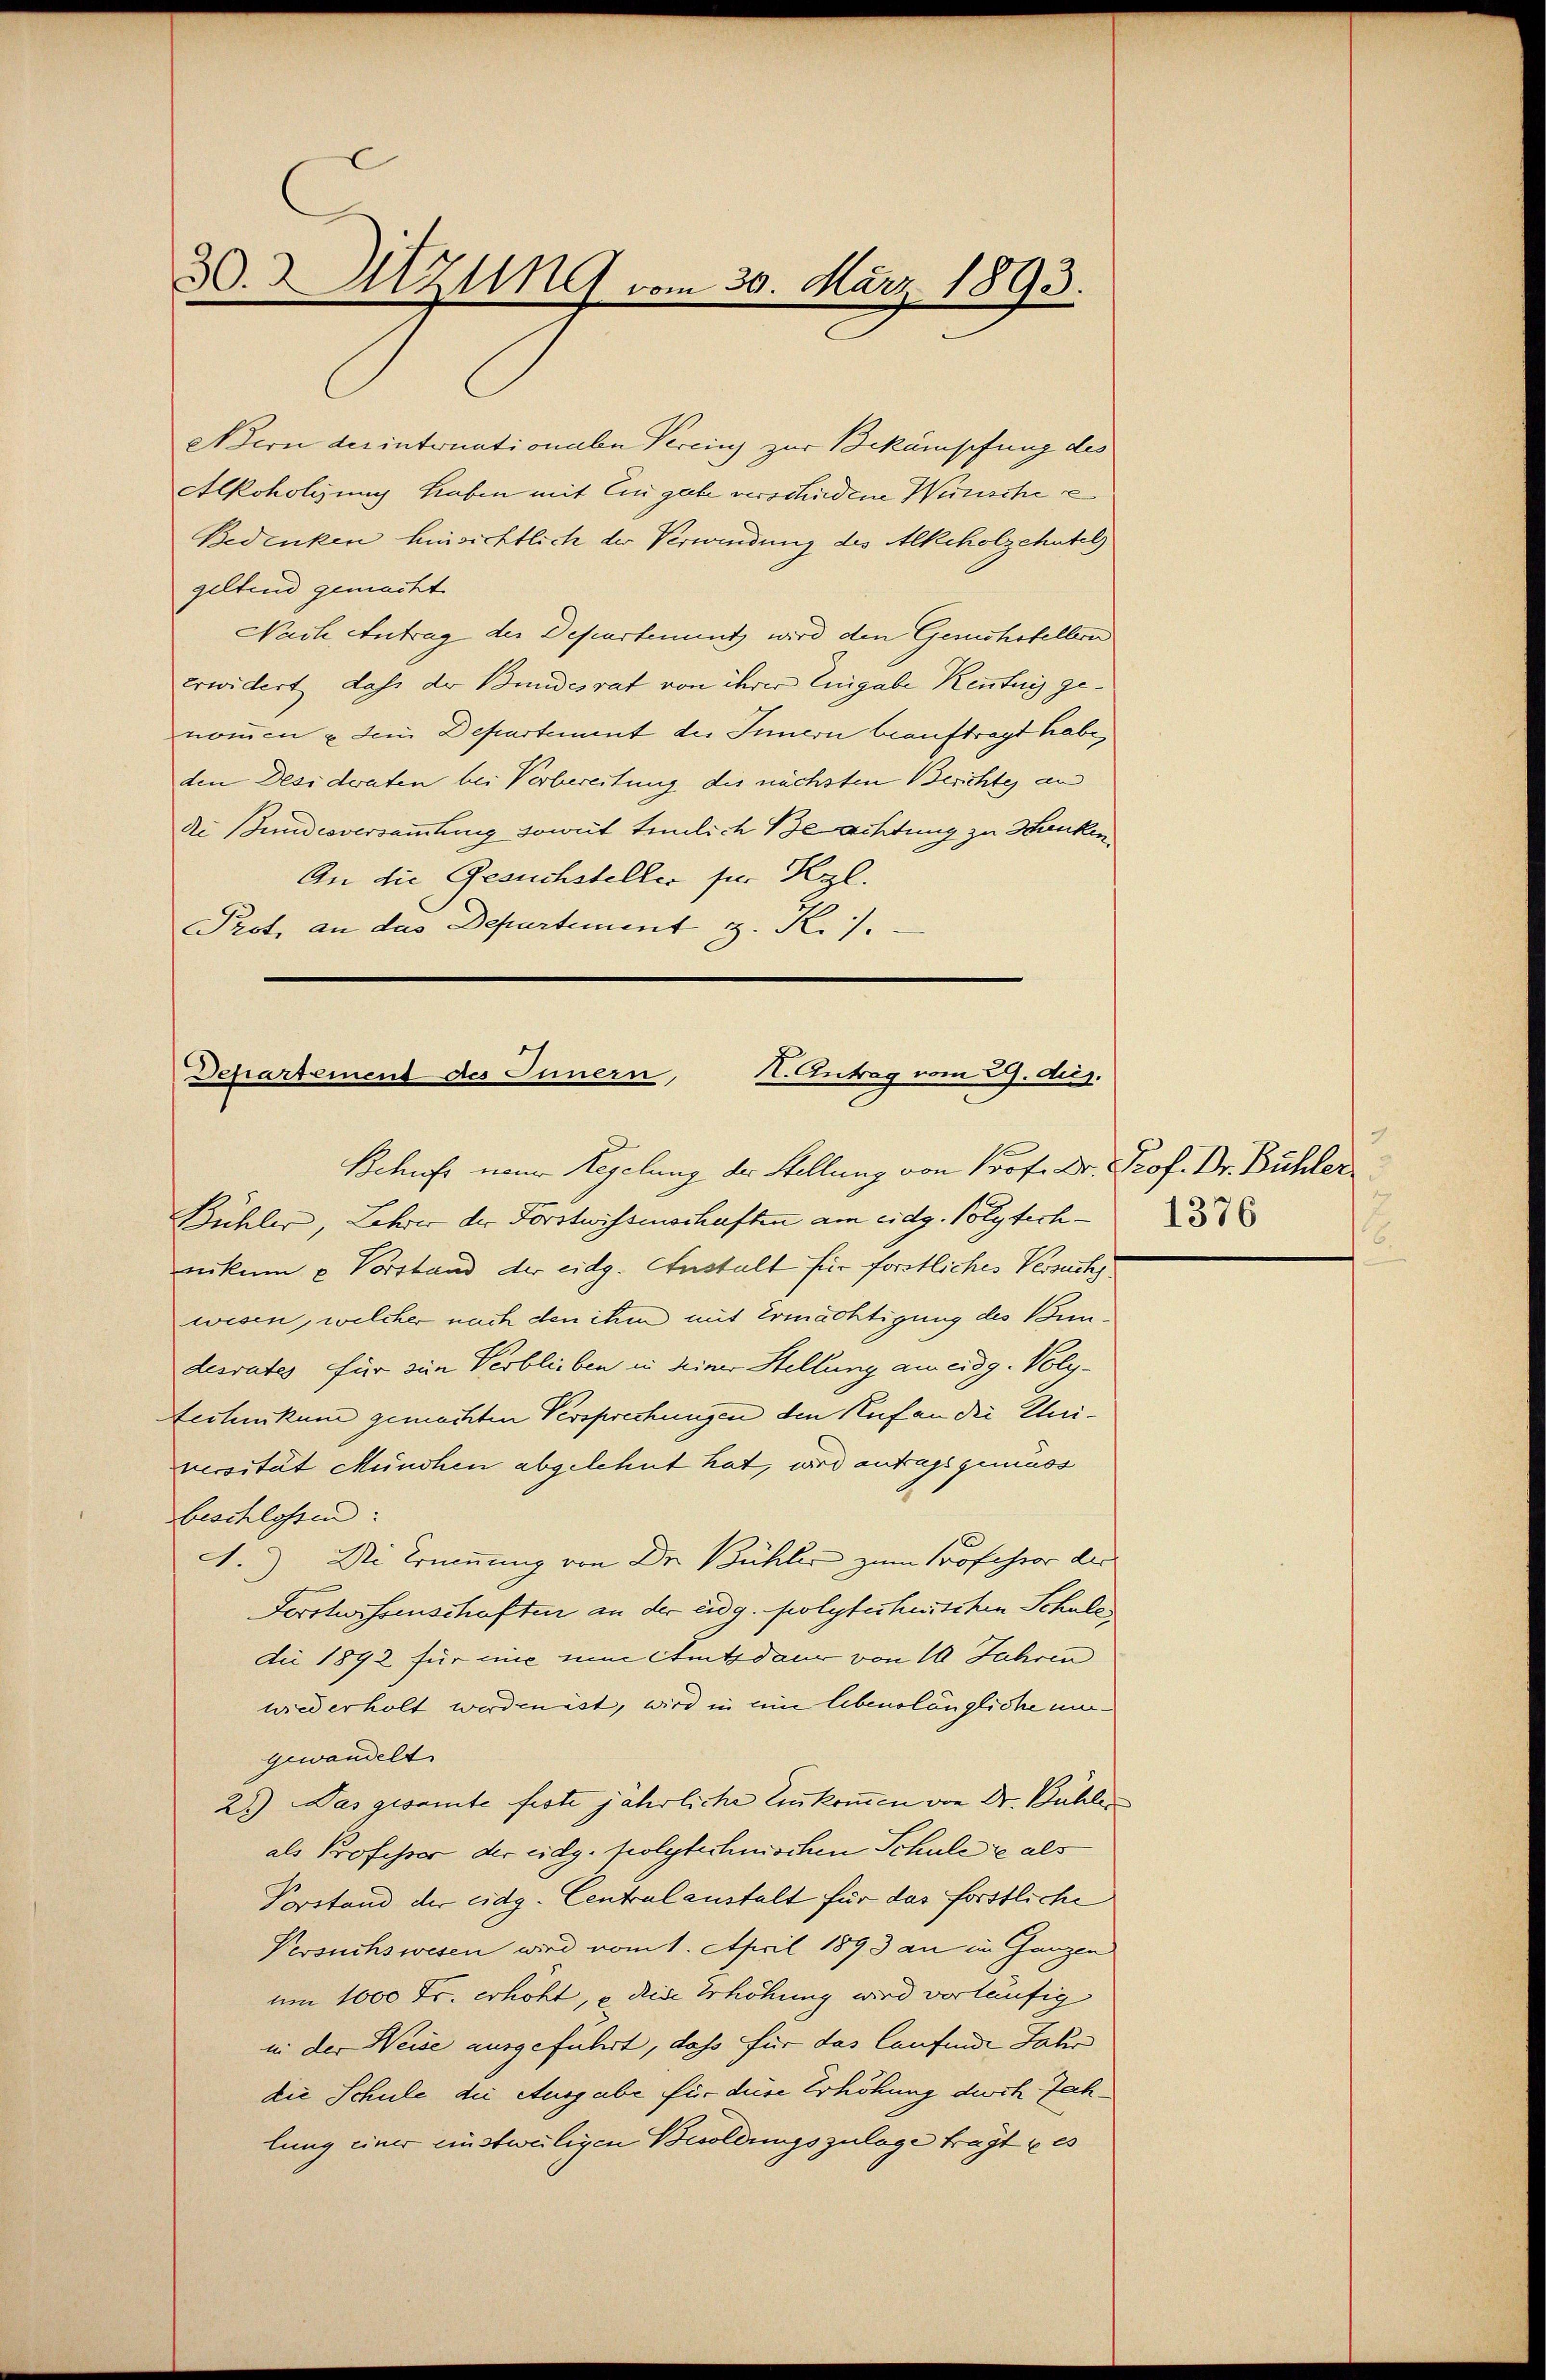
3.Sitzung vom 30. März 1893.

Adern der internationalen Vereins zur Bekämpfung des
Alkoholisung haben mit Eingabe verschiedene Wünsche e
Bedenken hinsichtlich der Verwindung des Alkoholzehntel
geltend gemacht
Nach Antrag der Departenuntz wird den Gesuchstellern
erwidert, dass der Bundesrat von ihrer Eingabe Kenntnis genommen u dem Departement des Innern beauftragt habe,
den Desideraten bei Verbereitung des nächsten Berichtes an
de Bundesversammlung soweit tenlich Beachtung zu Hanken.
An die Gesuchsteller für Kgl.
Prot. an das Departement z. R./.

Departement des Innern, I. Antrag vom 3. Aug.
Behufs neuer Regelung der Stellung von Prof. Dr. Prof. Dr. Bühler

Bühler, Lehrer der Forstwissenschaften am eidg. Polytechnikum u Vorstand der eidg. Anstalt für forstliches Versuch
wisen, welcher nach den ihm mit Ermächtigung des Bundesrates für die Verblieben in seiner Stellung am eidg. Volytechnikum gemachten Versprechungen den Ruf an die Universität München abgelehnt hat, wird antrags gemäss
beschlossen:
A.) Die Trümmung von Dr. Bühler zum Professor der
Forstwissenschaften an der eidg. folytecherstichen Schule
dii 1892 für uns um Amtsdauer von 10 Jahren
wiederholt werden ist, wird in eine lebenslängliche ungewandelt
28) Das gesamte feste jährliche Leukommen von Dr. Bühler
als Professor der eidg. polytechnischen Schulere als
Porstand der eidg. Centralanstalt für das förstliche
Versuchswesen wird vom 1. April 1893 an im Ganzen
um 1000 Fr. erhöht, u. die Erhöhung wird verläufig
in der Weise ausgeführt, daß für das laufende Jahr
die Schule die Ausgabe für diese Erhöhung durch Jahlung einer einstweiligen Besoldungszulage tragt es

1376
2